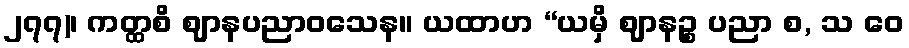
၂၇၇)၊ ကတ္ထစိ ဈာနပညာဝသေန။ ယထာဟ “ယမှိ ဈာနဉ္စ ပညာ စ, သ ဝေ